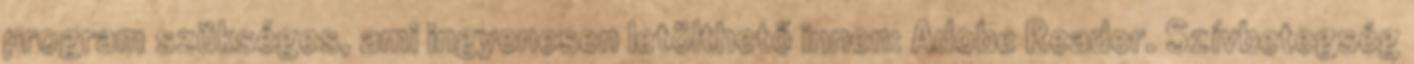
program szükséges, ami ingyenesen letölthető innen: Adobe Reader. Szívbetegség